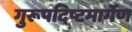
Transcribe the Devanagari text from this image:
गुरूपदिष्टमार्गेण